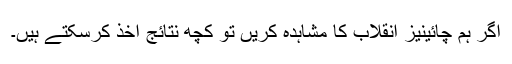
اگر ہم چائینیز انقلاب کا مشاہدہ کریں تو کچھ نتائج اخذ کرسکتے ہیں۔